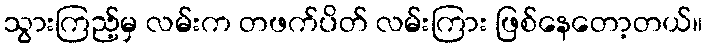
သွားကြည့်မှ လမ်းက တဖက်ပိတ် လမ်းကြား ဖြစ်နေတော့တယ်။